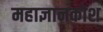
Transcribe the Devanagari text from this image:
महाज्ञानकोश